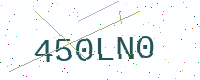
Text: 450LN0